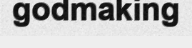
godmaking